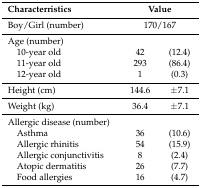
<table><thead><tr><td><b>Characterristics</b></td><td colspan="2"><b>Value</b></td></tr></thead><tbody><tr><td>Boy/Girl (number)</td><td colspan="2">170/167</td></tr><tr><td>Age (number)</td><td></td><td></td></tr><tr><td> 10-year old</td><td>42</td><td>(12.4)</td></tr><tr><td> 11-year old</td><td>293</td><td>(86.4)</td></tr><tr><td> 12-year old</td><td>1</td><td>(0.3)</td></tr><tr><td>Height (cm)</td><td>144.6</td><td>±7.1</td></tr><tr><td>Weight (kg)</td><td>36.4</td><td>±7.1</td></tr><tr><td>Allergic disease (number)</td><td></td><td></td></tr><tr><td> Asthma</td><td>36</td><td>(10.6)</td></tr><tr><td> Allergic rhinitis</td><td>54</td><td>(15.9)</td></tr><tr><td> Allergic conjunctivitis</td><td>8</td><td>(2.4)</td></tr><tr><td> Atopic dermatitis</td><td>26</td><td>(7.7)</td></tr><tr><td> Food allergies</td><td>16</td><td>(4.7)</td></tr></tbody></table>